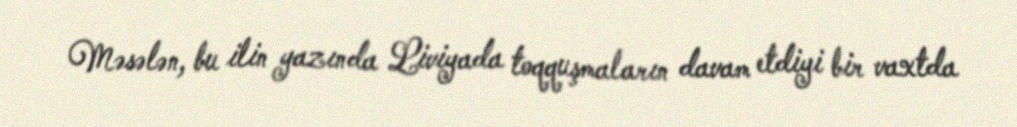
Məsələn, bu ilin yazında Liviyada toqquşmaların davam etdiyi bir vaxtda